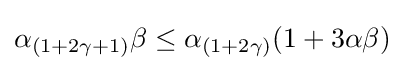
\alpha _{(1+2\gamma +1)}\beta \leq \alpha _{(1+2\gamma )}(1+3\alpha \beta )